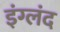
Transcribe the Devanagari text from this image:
इंग्लंद